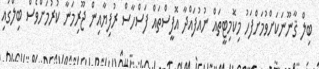
ބިލް ޤާނޫނަކަށްވުމަށްފަހު މިކޮމިޓީތައް ނުއުފައްދާ އޮފީސްތައް ފަސްހާސް ރުފިޔާއިން ޖޫރިމަނާ ކުރުމަށްވެސް ބިލްގައި